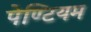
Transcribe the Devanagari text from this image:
पेण्टियम